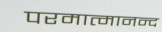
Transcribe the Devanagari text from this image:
परमात्मानन्द